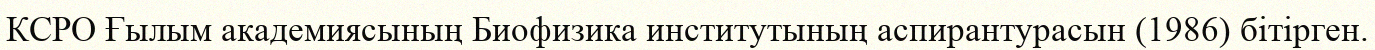
КСРО Ғылым академиясының Биофизика институтының аспирантурасын (1986) бітірген.